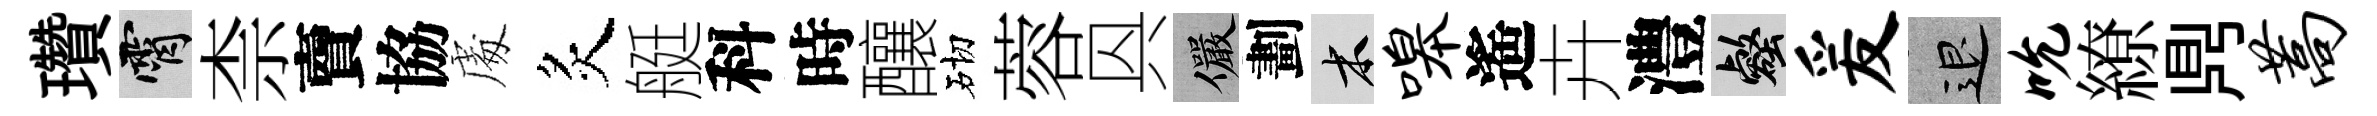
瓚霄柰𧶠協䖏炙艇科時釀砌蓉㒷儼劃木嗥遙卉澧壑爰退吮繚𪔂蒿